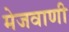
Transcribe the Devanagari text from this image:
मेजवाणी